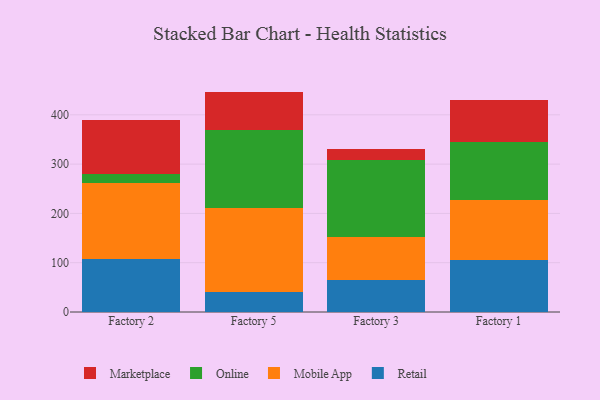
{"axis": {"x": "Factory", "y": "Temperature (°C)"}, "legend": ["Marketplace", "Mobile App", "Online", "Retail"], "data": [{"x": "Factory 2", "y": 107.9, "type": "Retail"}, {"x": "Factory 2", "y": 153.3, "type": "Mobile App"}, {"x": "Factory 2", "y": 17.9, "type": "Online"}, {"x": "Factory 2", "y": 109.8, "type": "Marketplace"}, {"x": "Factory 5", "y": 40.0, "type": "Retail"}, {"x": "Factory 5", "y": 170.0, "type": "Mobile App"}, {"x": "Factory 5", "y": 158.7, "type": "Online"}, {"x": "Factory 5", "y": 78.4, "type": "Marketplace"}, {"x": "Factory 3", "y": 65.8, "type": "Retail"}, {"x": "Factory 3", "y": 87.2, "type": "Mobile App"}, {"x": "Factory 3", "y": 156.2, "type": "Online"}, {"x": "Factory 3", "y": 20.7, "type": "Marketplace"}, {"x": "Factory 1", "y": 106.0, "type": "Retail"}, {"x": "Factory 1", "y": 120.7, "type": "Mobile App"}, {"x": "Factory 1", "y": 117.6, "type": "Online"}, {"x": "Factory 1", "y": 85.5, "type": "Marketplace"}]}